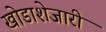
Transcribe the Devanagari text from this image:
खोडाशेजारी